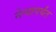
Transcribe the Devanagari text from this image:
नेऱ्यापर्यंत